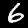
Digit: 6